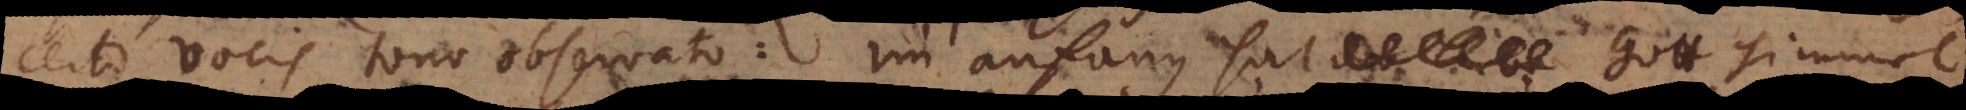
certo vocis tono observato: im anfang hat